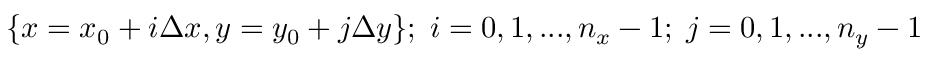
\{ x = x _ { 0 } + i \Delta x , y = y _ { 0 } + j \Delta y \} ; \; i = 0 , 1 , . . . , n _ { x } - 1 ; \; j = 0 , 1 , . . . , n _ { y } - 1